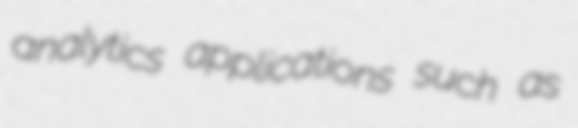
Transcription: analytics applications such as